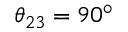
\theta _ { 2 3 } = 9 0 ^ { \circ }